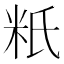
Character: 䉻